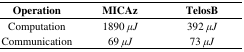
<table><thead><tr><td><b>Operation</b></td><td><b>MICAz</b></td><td><b>TelosB</b></td></tr></thead><tbody><tr><td>Computation</td><td>1890 <i>μJ</i></td><td>392 <i>μJ</i></td></tr><tr><td>Communication</td><td>69 <i>μJ</i></td><td>73 <i>μJ</i></td></tr></tbody></table>